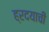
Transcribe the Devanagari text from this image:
ह्रदयाची